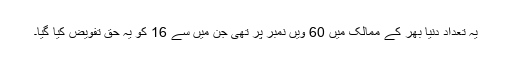
یہ تعداد دنیا بھر کے ممالک میں 60 ویں نمبر پر تھی جن میں سے 16 کو یہ حق تفویض کیا گیا۔